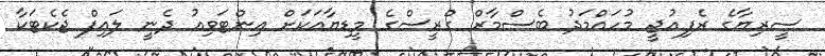
ސީރިޔާގެ ރެފިއުޖީ މުހައްމަދު ބެސްމާރް ގްރީސްގެ މީޑިޔާއަކަށް އިންޓަވިއު ދެނީ ލައިފް ޖެކެޓަކާ